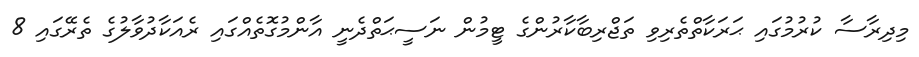
މިދިރާސާ ކުރުމުގައި ޙަރަކާތްތެރިވި ތަޖްރިބާކާރުންގެ ޓީމުން ނަސީޙަތްދެނީ އާންމުގޮތެއްގައި ރެއަކާދުވާލުގެ ތެރޭގައި 8